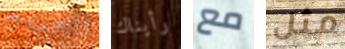
التحديات رأيناك مع مثل